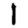
Digit: 1